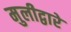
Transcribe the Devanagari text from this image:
मुलीद्वारे